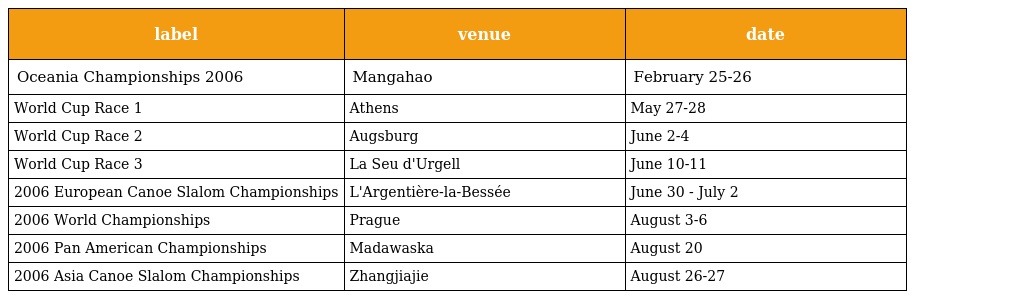
| label | venue | date |
 | --- | --- | --- |
 | Oceania Championships 2006 | Mangahao | February 25-26 |
 | World Cup Race 1 | Athens | May 27-28 |
 | World Cup Race 2 | Augsburg | June 2-4 |
 | World Cup Race 3 | La Seu d'Urgell | June 10-11 |
 | 2006 European Canoe Slalom Championships | L'Argentière-la-Bessée | June 30 - July 2 |
 | 2006 World Championships | Prague | August 3-6 |
 | 2006 Pan American Championships | Madawaska | August 20 |
 | 2006 Asia Canoe Slalom Championships | Zhangjiajie | August 26-27 |